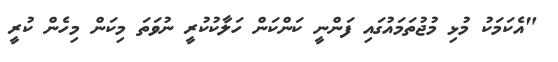
"އެކަމަކު މުޅި މުޖުތަމައުގައި ފަންނީ ކަންކަން ހަލާކުކުރީ ނުވަތަ މިކަން މިހެން ކުރީ